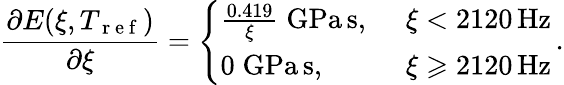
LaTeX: \frac{\partial E(\xi,T_{\mathrm{~r~e~f~}})}{\partial\xi}=\left\{ \begin{array}{ll}{\frac{0.419}{\xi}\mathrm{\; GPa\, s,\ }}&{\xi<2120\mathrm{\, Hz}}\\ {0\mathrm{\; GPa\, s,\ }}&{\xi\geqslant 2120\mathrm{\, Hz}}\end{array}\right.\, .